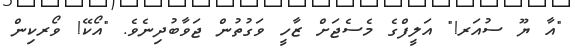
"އާ ޔޫ ސުއަރ!" އަލީފްގެ މެސެޖަށް ޒާހީ ވަގުތުން ޖަވާބުދިނެވެ. "އޯކޭ! ވޯރކިން